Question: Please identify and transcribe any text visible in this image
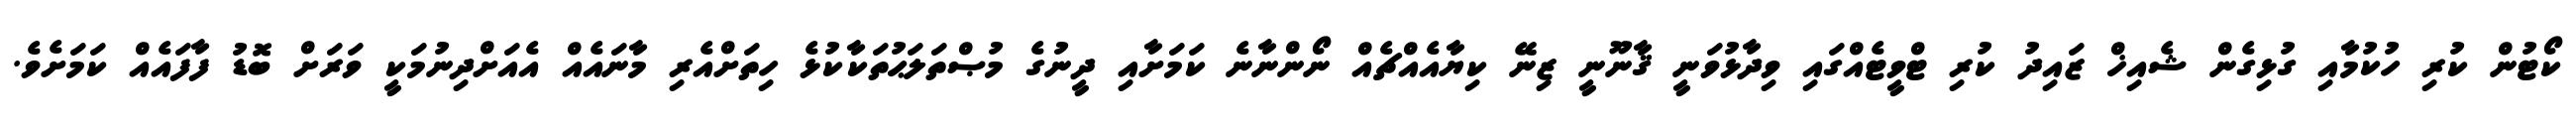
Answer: ކޯޓުން ކުރި ހުކުމާއި ގުޅިގެން ޝެއިޚް ޒައިދު ކުރި ޓްވީޓެއްގައި ވިދާޅުވަނީ ޤާނޫނީ ޒިނޭ ކިޔާއެއްޗެއް ނޯންނާނެ ކަމަށާއި ދީނުގެ މުޞްތަލަޙުތަކާކުޅެ ހިތަށްއެރި މާނައެއް އެއަށްދިނުމަކީ ވަރަށް ބޮޑު ފާފައެއް ކަމަށެވެ.